Leaving Certificate Examination (including Day School Certificate (Higher) General paper), 1926
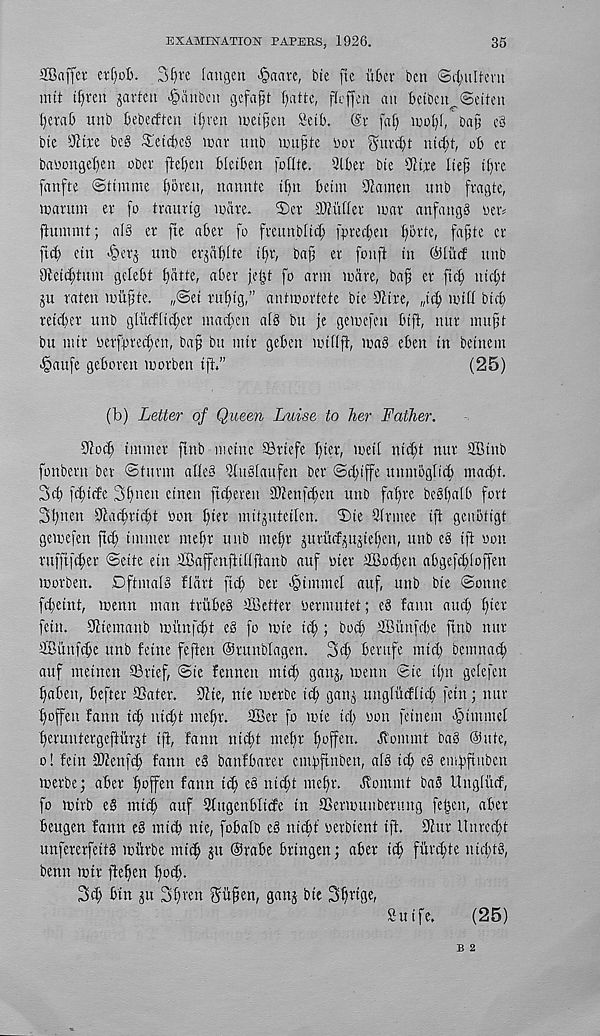
EXAMINATION PAPERS, 1926.
35
SBaffet etfyot). 3t)vc (nngen Octave, bie ftc ubcv ben ®4uiltem
mil tf)ren |avfcn >§anben gefa§t f)atte, fleffen an betben^Seiten
Ijerafi unb (sebetfmt t()ren metfjen l l etb. ®i fat) inot)(, baji e3
bte
be§ tlctiilfs mar unb mufste bor ^urt^t ntct;t, ob er
babonget)en obev ftet)en bleiben foflte. 2tber bte 2tixe tie^ tl)ve
fanfte ©ttmme t)6ven, nannte tfm betnt Sftamen unb fragte,
marum er fo traurig mare,
©er buffer mar anfangS uer«
ftummt; al§ er fte aber fo freunbttct) fpreeben t)brte, fajjte cr
fid) etn -§erj unb er^atjlte tlfr, baji er fonft in ©turf unb
Otetd)tum gelebt f)atte, aber jeijt fo arm mare, bafj er ftc^ nietjt
ju raten mufte. „©et rubtg,” antmortete bte 9fire, „ti^ mitt bid)
retd)er unb glvttfltdter macf'ctt at§ bit je gemefen tuft, nur in it ft
bu ntir berfpret^en, baf bit mtr geben mitt ft, ma§ eben tn betnem
-§aufe geboren morben ift,”
(25)
(b) Letter of Queen Luise to her Father.
Sited) tntmer ftnb metnc SBrtefe t)ter, mcit ntdft nur Stub
fonberu ber ©tunn atte§ Qtudtaufen ber ©d)iffe unmbgticb maebt.
3d) fd)tde 3t)uen etnen fteberett 3}tenfd)en unb faf)re be§()atb fort
3t)ncn 9tad)ricbt bon t)ter mitjuteilen. ©te Qtrniee tft genbtigt
gemefen ftd) tinnter rnet)r unb tnef)r jurM^ujtet)en, unb e8 tft eon
rttfftfd)er ©cite etn SBaffcnfttfiftaub auf uter 2Bod;en abgefd)[offen
morben. DftmalS fldrt ftcb ber -§tmmel auf, unb bte ©onne
fd)etnt, menu man triibe§ ^Better oermutet; e§ faun and) t)ier
fetn. SJttemanb munfdit e§ fo mte id); bot^ 2Bunfd)e ftnb nur
©uttfebe unb fetne fefien ©runblagen. 34 berufe mid) bemnad;
auf metnen SBrief @te fennen mid) ganj, menu ©ie t()n getefen
baben, befter SSater. 9tie, nte merbe id) gan^ ungtudtid) fetn; nur
tjoffeu fann id) niebt mebr. 3Ber fo mie id) won feinem <§tmmet
beruntergefiitrjt ift, fann nid)t mebr t)ojfen. Jt'ommt bab ®ute,
o! fetn SOtenfd) fann eg banfbarer cmbftnben, al§ icb eg emfiftitben
merbe; aber ffoffen fann id) eg nid)t mebr. Jvommt bag Ungti’tcf,
fo mirb eg mid) auf 2tugenbltcfe tn aSermunbertutg feijeu, aber
beugen fann eg mid) nie, fobatb eg nid)f oerbient ift. 9tur ltnrcd)t
unfererfeitg mitrbe mt'4 ju @rabe brtngen; aber icb
»tc()tg,
benn mtr fteben t)od).
3d) bin gu 3t)ven gii^en, gang bte 3b r tf!^
fiu tfe.
(25)